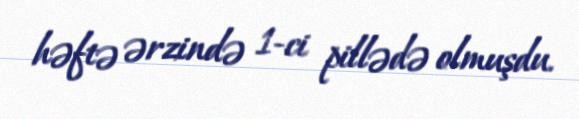
həftə ərzində 1-ci pillədə olmuşdu.